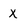
Character: x